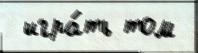
 игра́ть том